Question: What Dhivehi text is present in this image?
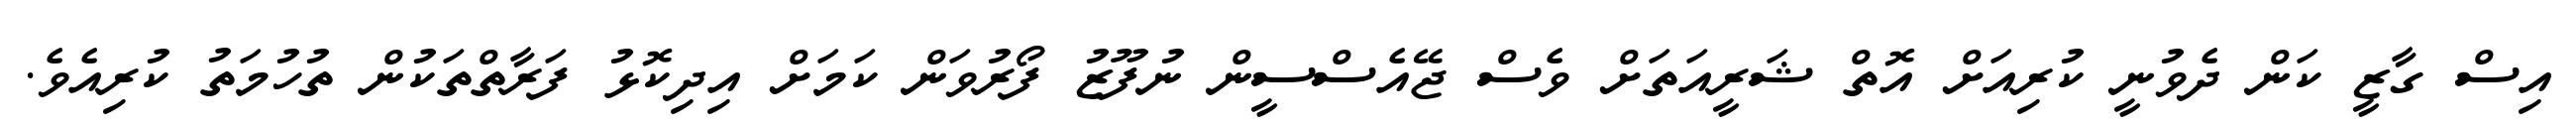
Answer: އިސް ގާޒީ ކަން ދެވުނީ ކުރިއަށް އޮތް ޝަރީއަތަށް ވެސް ޖޭއެސްސީން ނުފޫޒު ފޯރުވަން ކަމަށް އިދިކޮޅު ފަރާތްތަކުން ތުހުމަތު ކުރިއެވެ.